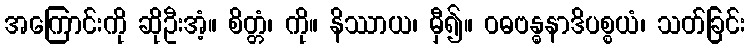
အကြောင်းကို ဆိုဦးအံ့။ စိတ္တံ၊ ကို။ နိဿာယ၊ မှီ၍။ ဝဓဗန္ဓနာဒိပစ္စယံ၊ သတ်ခြင်း